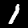
Digit: 1